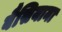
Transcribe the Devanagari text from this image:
बैसियाना